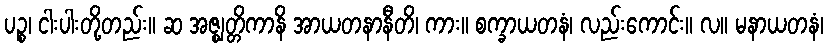
ပဉ္စ၊ ငါးပါးတို့တည်း။ ဆ အဇ္ဈတ္တိကာနိ အာယတနာနီတိ၊ ကား။ စက္ခာယတနံ၊ လည်းကောင်း။ လ။ မနာယတနံ၊